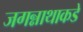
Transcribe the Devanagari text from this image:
जगन्नाथाकडे